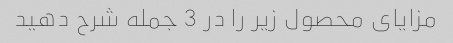
مزایای محصول زیر را در 3 جمله شرح دهید